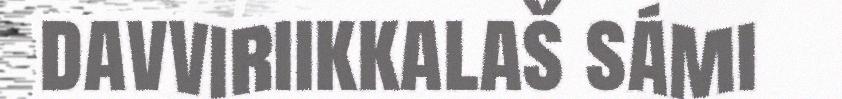
davviriikkalaš sámi